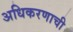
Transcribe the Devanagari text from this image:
अधिकरणाची